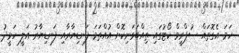
ހަމަ އެގޮތައް ސުޕްރީމް ކޯޓުގައި ތިއްބަވަނިކޮށް އުއްތަމަ ފަނޑިޔާރާއި ފަނޑިޔާރު އަލީ ހަމީދު